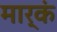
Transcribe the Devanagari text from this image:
मार्कं